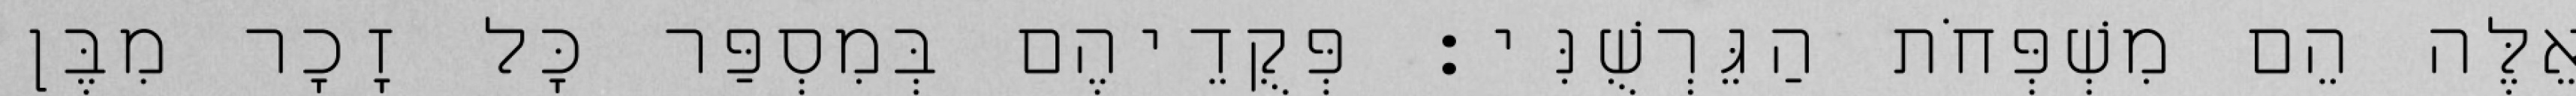
אֵלֶּה הֵם מִשְׁפְּחֹת הַגֵּרְשֻׁנִּי׃ פְּקֻדֵיהֶם בְּמִסְפַּר כָּל זָכָר מִבֶּן